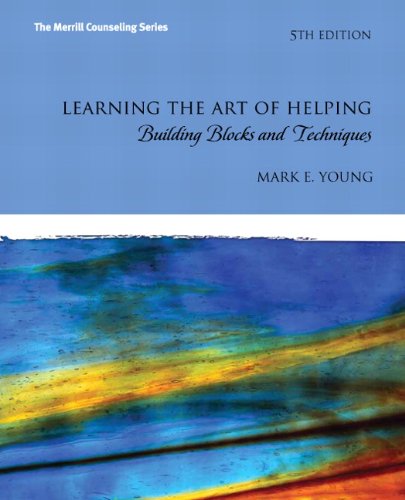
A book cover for Learning the Art of Helping: Building Blocks and Techniques (5th Edition) (The Merrill Counseling); Mark E. Young; Education & Teaching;